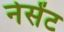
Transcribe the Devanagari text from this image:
नेसेंट